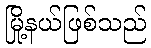
မြို့နယ်ဖြစ်သည်